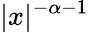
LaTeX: |x|^{-\alpha-1}